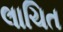
લાચિત